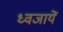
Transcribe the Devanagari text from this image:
ध्वजायें